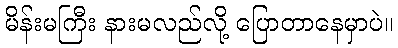
မိန်းမကြီး နားမလည်လို့ ပြောတာနေမှာပဲ။